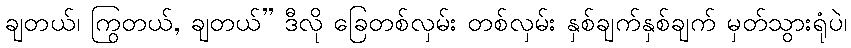
ချတယ်၊ ကြွတယ်, ချတယ်” ဒီလို ခြေတစ်လှမ်း တစ်လှမ်း နှစ်ချက်နှစ်ချက် မှတ်သွားရုံပဲ၊